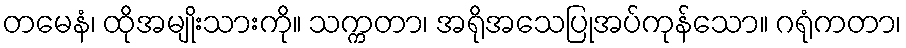
တမေနံ၊ ထိုအမျိုးသားကို။ သက္ကတာ၊ အရိုအသေပြုအပ်ကုန်သော။ ဂရုံကတာ၊